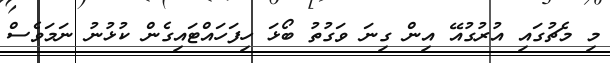
މި މެޗުގައި އުރުގުއޭ އިން ގިނަ ވަގުތު ބޯޅަ ހިފަހައްޓައިގެން ކުޅުނު ނަމަވެސް